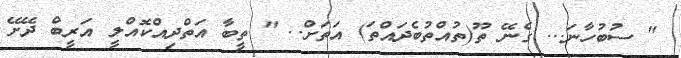
" ސުބުހާނަ... ގެނޭ ތޫ(ތުއްތުބެދައްތަ) އަތަށް.. " ތީބާ އަތްދިއްކޮއްލީ އަރީބް ދޭށޭ